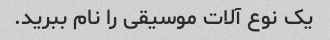
یک نوع آلات موسیقی را نام ببرید.